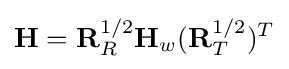
\mathbf {H} =\mathbf {R} _{R}^{1/2}\mathbf {H} _{w}(\mathbf {R} _{T}^{1/2})^{T}